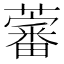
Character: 𧀯